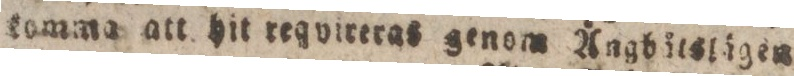
tomma att hit regvireras genom Ångbålslågen